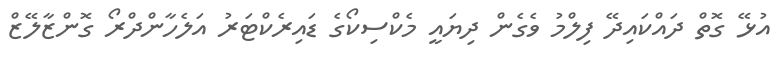
އުޅޭ ގޮތް ދައްކައިދޭ ފިލްމު ވެގެން ދިޔައީ މެކްސިކޯގެ ޑައިރެކްޓަރު އަލެހާންދްރޯ ގޮންޒާލޭޒް